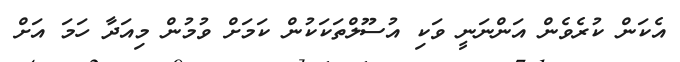
އެކަން ކުރެވެން އަންނަނީ ވަކި އުސޫލްތަކަކުން ކަމަށް ވުމުން މިއަދާ ހަމަ އަށް